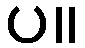
ပ။